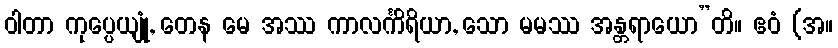
ဝါတာ ကုပ္ပေယျုံ, တေန မေ အဿ ကာလင်္ကိရိယာ, သော မမဿ အန္တရာယော”တိ။ ဧဝံ (အ။